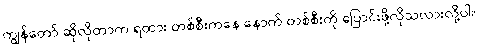
ကျွန်တော် ဆိုလိုတာက ရထား တစ်စီးကနေ နောက် တစ်စီးကို ပြောင်းဖို့လိုသလားလို့ပါ။